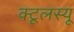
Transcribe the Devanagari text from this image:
क्टूलस्यू